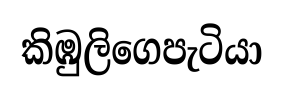
කිඹුලිගෙපැටියා